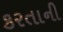
કરતાની